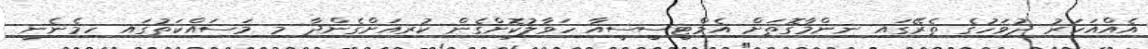
އެއްއަހަރު ދުވަހުގެ ތެރޭގައި ނިންމާގޮތަށް އެމްޓީސީސީއާ ހަވާލުކޮށްގެން ކުރިއަށްގެންދާ މި މަސައްކަތުގައި ހިމެނެނީ